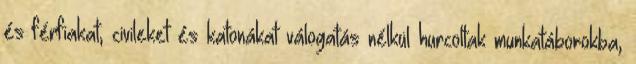
és férfiakat, civileket és katonákat válogatás nélkül hurcoltak munkatáborokba,